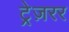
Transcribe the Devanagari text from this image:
ट्रेज़रर